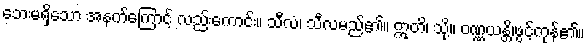
ဘေးမရှိသော အနက်ကြောင့် လည်းကောင်း။ သီလံ၊ သီလမည်၏။ ဣတိ၊ သို့။ ဝဏ္ဏယန္တိ၊ဖွင့်ကုန်၏။